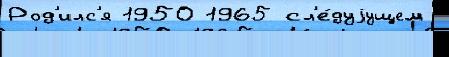
Род'илс'я 1950 1965 сл'е́дуjущем